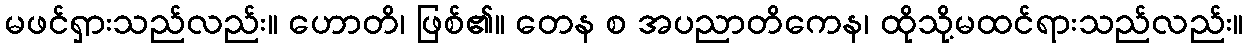
မဖင်ရှားသည်လည်း။ ဟောတိ၊ ဖြစ်၏။ တေန စ အပညာတိကေန၊ ထိုသို့မထင်ရားသည်လည်း။